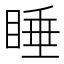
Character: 睡